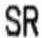
SR